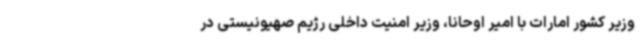
وزیر کشور امارات با امیر اوحانا، وزیر امنیت داخلی رژیم صهیونیستی در